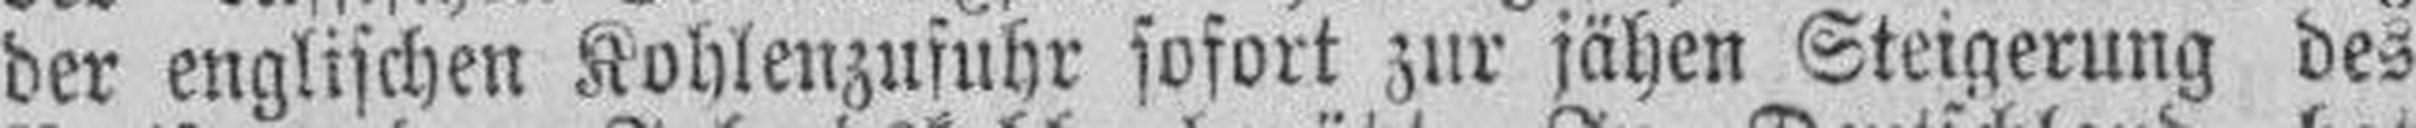
der englischen Kohlenzufuhr sofort zur jähen Steigerung des